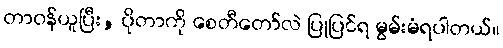
တာဝန်ယူပြီး, ပိုတာကို စေတီတော်လဲ ပြုပြင်ရ မွမ်းမံရပါတယ်။